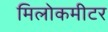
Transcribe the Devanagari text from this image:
मिलोकमीटर